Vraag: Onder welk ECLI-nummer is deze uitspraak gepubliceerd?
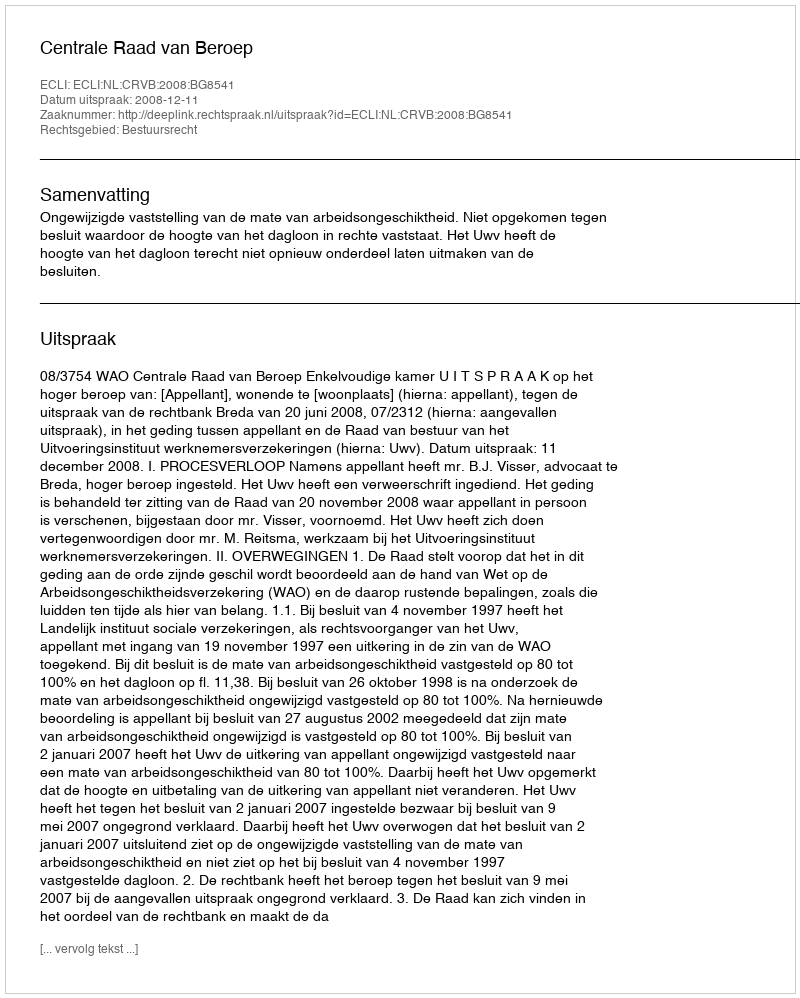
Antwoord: ECLI:NL:CRVB:2008:BG8541